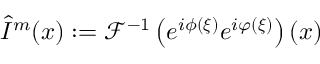
\hat { I } ^ { m } ( \boldsymbol { x } ) : = \mathcal { F } ^ { - 1 } \left( e ^ { i \phi ( \boldsymbol { \xi } ) } e ^ { i \varphi ( \boldsymbol { \xi } ) } \right) ( \boldsymbol { x } )